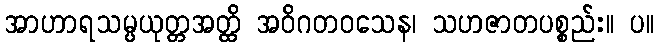
အာဟာရသမ္ပယုတ္တအတ္ထိ အဝိဂတဝသေန၊ သဟဇာတပစ္စည်း။ ပ။